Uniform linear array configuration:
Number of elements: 8
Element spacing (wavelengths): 0.5
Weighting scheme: uniform
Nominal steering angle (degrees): -60
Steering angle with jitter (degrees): -58.244
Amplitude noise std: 0.05
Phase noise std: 0.05

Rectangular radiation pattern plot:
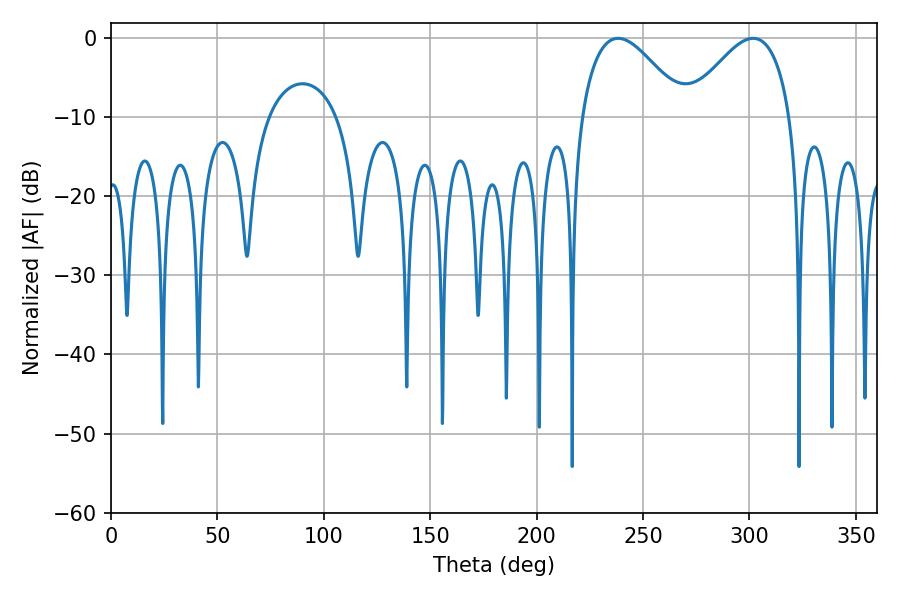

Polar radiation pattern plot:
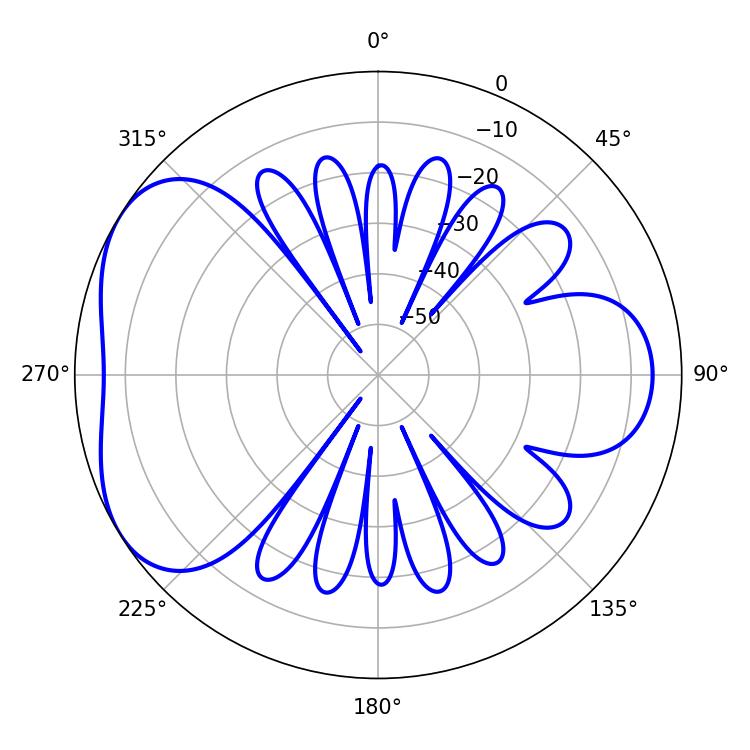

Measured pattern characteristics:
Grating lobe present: FALSE
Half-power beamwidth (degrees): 26.46
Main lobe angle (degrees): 301.68